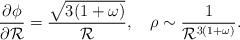
\begin{align*}\frac{\partial \phi}{\partial {\cal R}}= \frac{\sqrt {3(1+\omega)}}{{\cal R}},~~~\rho \sim \frac{1}{{\cal R}^{3(1+\omega)}}.\end{align*}